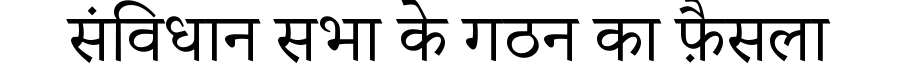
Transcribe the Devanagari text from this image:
संविधान सभा के गठन का फ़ैसला